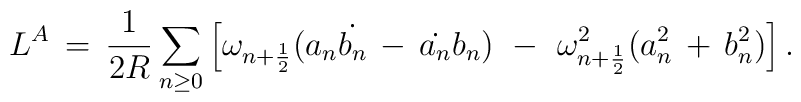
L^{A}\,=\,\frac{1}{2R} \sum_{n \geq 0} \left[\omega_{n+\frac{1}{2}}(a_{n} \dot{b_{n}}\,-\,\dot{a_{n}} b_{n})\,\,-\,\,\omega_{n+\frac{1}{2}}^{2}(a_{n}^{2}\,+\,b_{n}^{2}) \right].